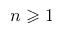
n \geqslant 1